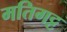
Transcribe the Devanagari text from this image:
मतिगट्ट